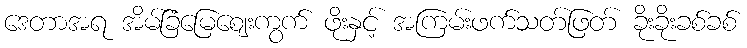
ဒေတာအရ အိမ်ခြံမြေဈေးကွက် ဖိုးနှင့် အကြမ်းဖက်သတ်ဖြတ် ခိုးခိုးခစ်ခစ်